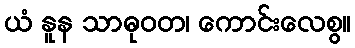
ယံ နူန သာဓုဝတ၊ ကောင်းလေစွ။